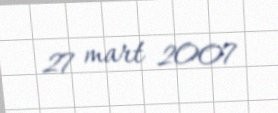
27 mart 2007